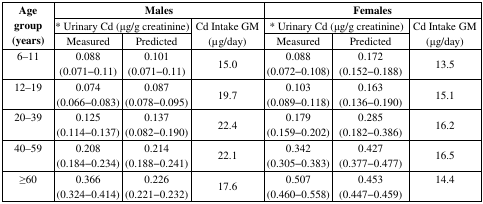
<table><thead><tr><td rowspan="3"><b>Age group (years)</b></td><td colspan="3"><b>Males</b></td><td colspan="3"><b>Females</b></td></tr><tr><td colspan="2"><b>* Urinary Cd (μg/g creatinine)</b></td><td rowspan="2"><b>Cd Intake GM (μg/day)</b></td><td colspan="2"><b>* Urinary Cd (μg/g creatinine)</b></td><td rowspan="2"><b>Cd Intake GM (μg/day)</b></td></tr><tr><td><b>Measured</b></td><td><b>Predicted</b></td><td><b>Measured</b></td><td><b>Predicted</b></td></tr></thead><tbody><tr><td>6–11</td><td>0.088 (0.071−0.11)</td><td>0.101 (0.071−0.11)</td><td>15.0</td><td>0.088 (0.072−0.108)</td><td>0.172 (0.152−0.188)</td><td>13.5</td></tr><tr><td>12–19</td><td>0.074 (0.066−0.083)</td><td>0.087 (0.078−0.095)</td><td>19.7</td><td>0.103 (0.089−0.118)</td><td>0.163 (0.136−0.190)</td><td>15.1</td></tr><tr><td>20–39</td><td>0.125 (0.114−0.137)</td><td>0.137 (0.082−0.190)</td><td>22.4</td><td>0.179 (0.159−0.202)</td><td>0.285 (0.182−0.386)</td><td>16.2</td></tr><tr><td>40–59</td><td>0.208 (0.184−0.234)</td><td>0.214 (0.188−0.241)</td><td>22.1</td><td>0.342 (0.305−0.383)</td><td>0.427 (0.377−0.477)</td><td>16.5</td></tr><tr><td>≥60</td><td>0.366 (0.324−0.414)</td><td>0.226 (0.221−0.232)</td><td>17.6</td><td>0.507 (0.460−0.558)</td><td>0.453 (0.447−0.459)</td><td>14.4</td></tr></tbody></table>